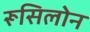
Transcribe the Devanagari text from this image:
रूसिलोन